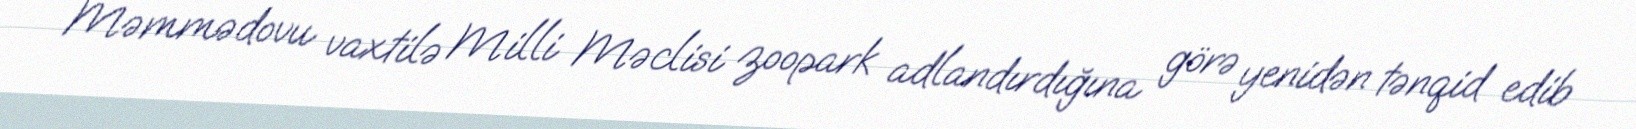
Məmmədovu vaxtilə Milli Məclisi zoopark adlandırdığına görə yenidən tənqid edib